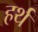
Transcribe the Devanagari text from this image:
हर्थ